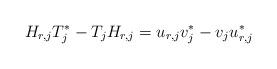
LaTeX: \begin{align*} &H_{r,j}T_j^*-T_j H_{r,j}=u_{r,j}v_j^*-v_j u_{r,j}^* \end{align*}